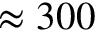
\approx 3 0 0